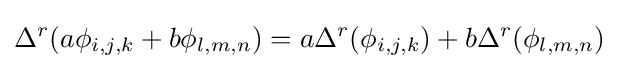
\Delta ^{r}(a\phi _{i,j,k}+b\phi _{l,m,n})=a\Delta ^{r}(\phi _{i,j,k})+b\Delta ^{r}(\phi _{l,m,n})